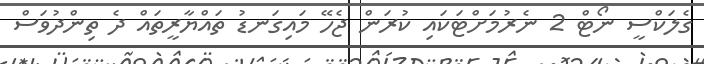
ގެލަކްސީ ނޯޓް 2 ނެރުމަށްޓަކައި ކުރަން ޖެހޭ މައިގަނޑު ތައްޔާރީތައް ދެ ތިންދުވަސް